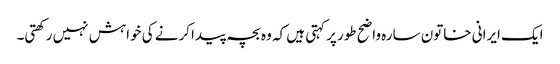
ایک ایرانی خاتون سارہ واضح طور پر کہتی ہیں کہ وہ بچہ پیدا کرنے کی خواہش نہیں رکھتی۔